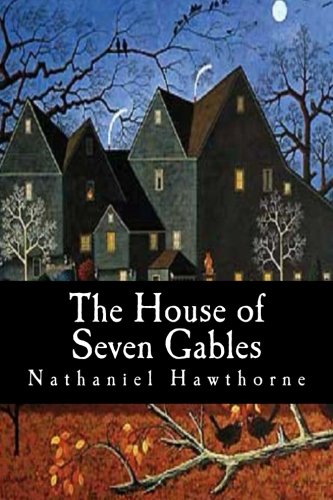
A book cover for The House of Seven Gables; Nathaniel Hawthorne; Literature & Fiction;